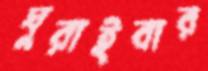
ঘুরাইবার